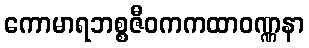
ကောမာရဘစ္စဇီဝကကထာဝဏ္ဏနာ